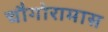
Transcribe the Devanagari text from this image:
चौगोरामास